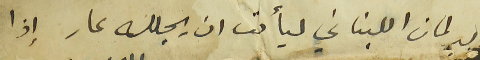
البرلمان اللبناني ليأمت ان يجلله عار إذا